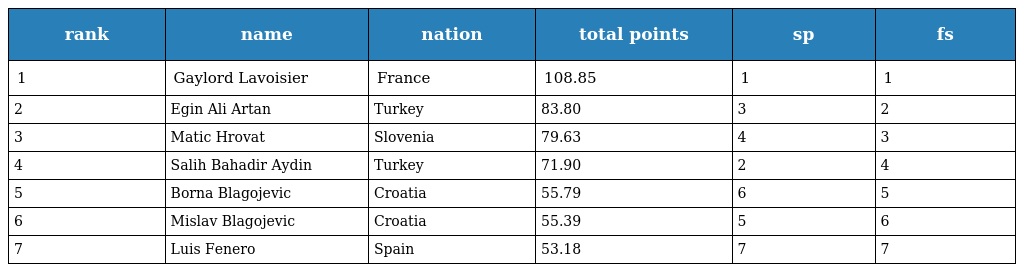
| rank | name | nation | total points | sp | fs |
 | --- | --- | --- | --- | --- | --- |
 | 1 | Gaylord Lavoisier | France | 108.85 | 1 | 1 |
 | 2 | Egin Ali Artan | Turkey | 83.80 | 3 | 2 |
 | 3 | Matic Hrovat | Slovenia | 79.63 | 4 | 3 |
 | 4 | Salih Bahadir Aydin | Turkey | 71.90 | 2 | 4 |
 | 5 | Borna Blagojevic | Croatia | 55.79 | 6 | 5 |
 | 6 | Mislav Blagojevic | Croatia | 55.39 | 5 | 6 |
 | 7 | Luis Fenero | Spain | 53.18 | 7 | 7 |